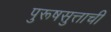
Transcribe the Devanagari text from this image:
पुरूषसुत्ताची